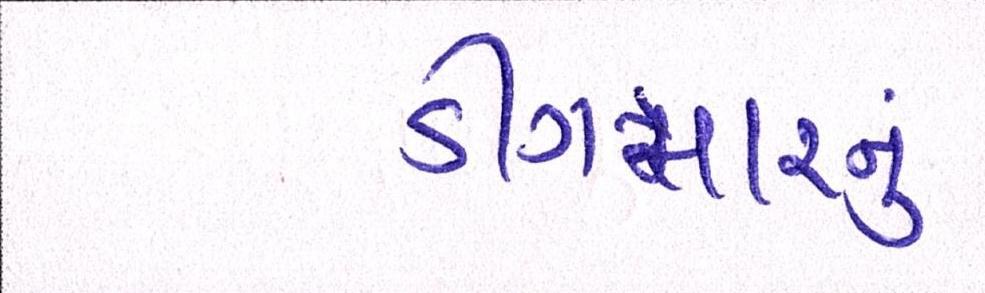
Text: ડીંગમારનું